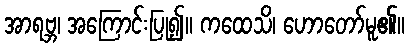
အာရဗ္ဘ၊ အကြောင်းပြု၍။ ကထေသိ၊ ဟောတော်မူ၏။